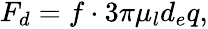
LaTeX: \begin{array}{r}{F_{d}=f\cdot 3\pi\mu_{l}d_{e}q,}\end{array}